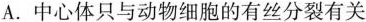
A.中心体只与动物细胞的有丝分裂有关